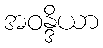
အဝန္ဒိယာ